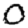
Digit: 0